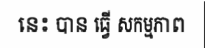
នេះ បាន ធ្វើ សកម្មភាព